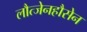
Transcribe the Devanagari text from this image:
लौत्जेनहौसेन